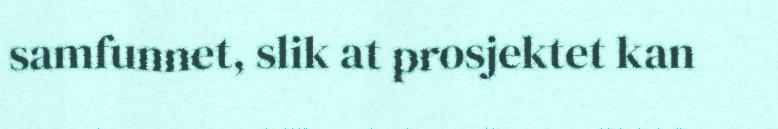
samfunnet, slik at prosjektet kan